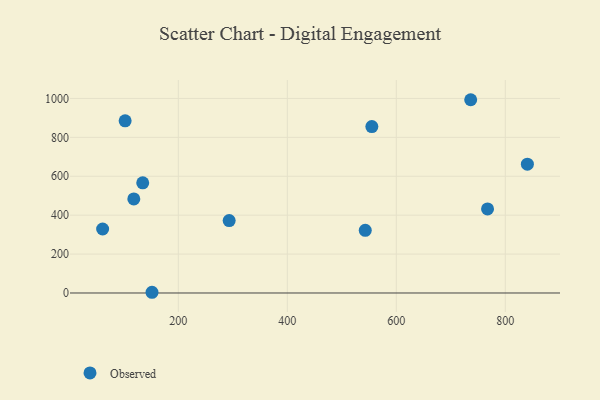
{"axis": {"x": "Price", "y": "Fuel Efficiency"}, "legend": ["Observed"], "data": [{"x": "840.5", "y": 662.1, "type": "Observed"}, {"x": "736.5", "y": 993.4, "type": "Observed"}, {"x": "293.3", "y": 372.1, "type": "Observed"}, {"x": "134.7", "y": 566.2, "type": "Observed"}, {"x": "767.4", "y": 431.9, "type": "Observed"}, {"x": "543.0", "y": 322.3, "type": "Observed"}, {"x": "118.3", "y": 483.4, "type": "Observed"}, {"x": "151.7", "y": 3.7, "type": "Observed"}, {"x": "102.4", "y": 884.7, "type": "Observed"}, {"x": "555.1", "y": 855.3, "type": "Observed"}, {"x": "61.1", "y": 328.9, "type": "Observed"}]}